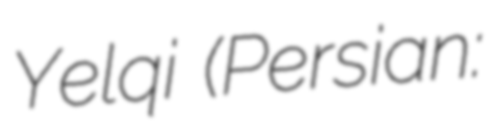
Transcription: Yelqi (Persian: